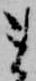
ま